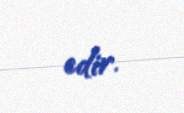
edir.